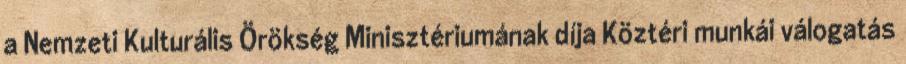
a Nemzeti Kulturális Örökség Minisztériumának díja Köztéri munkái válogatás